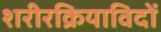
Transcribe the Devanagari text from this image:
शरीरक्रियाविदों